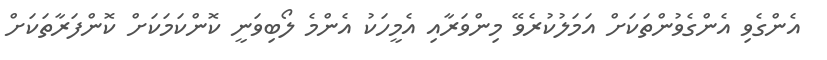
އެންގެވި އެންގެވުންތަކަށް އަމަލުކުރެވޭ މިންވަރާއި އެމީހަކު އެންމެ ލޯބިވަނީ ކޮންކަމަކަށް ކޮންފަރާތަކަށް